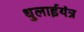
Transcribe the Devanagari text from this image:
धुलाईयंत्र